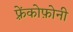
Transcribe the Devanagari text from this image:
फ़्रेंकोफ़ोनी